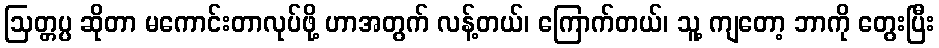
ဩတ္တပ္ပ ဆိုတာ မကောင်းတာလုပ်ဖို့ ဟာအတွက် လန့်တယ်၊ ကြောက်တယ်၊ သူ့ ကျတော့ ဘာကို တွေးပြီး